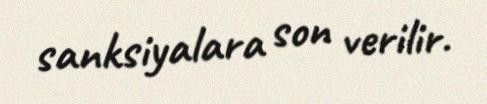
sanksiyalara son verilir.